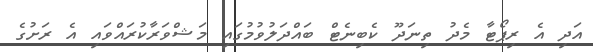
އަދި އެ ރިޕޯޓާ މެދު ތިނަދޫ ކެބިނެޓް ބައްދަލުވުމުގައި މަޝްވަރާކުރައްވައި އެ ރަށުގެ